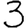
Digit: 3